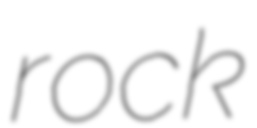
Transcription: rock